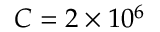
C = 2 \times 1 0 ^ { 6 }